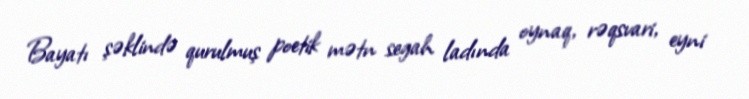
Bayatı şəklində qurulmuş poetik mətn segah ladında oynaq, rəqsvari, eyni